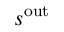
s ^ { \mathrm { o u t } }